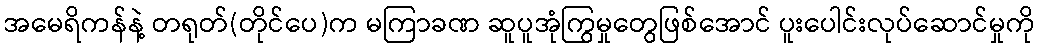
အမေရိကန်နဲ့ တရုတ်(တိုင်ပေ)က မကြာခဏ ဆူပူအုံကြွမှုတွေဖြစ်အောင် ပူးပေါင်းလုပ်ဆောင်မှုကို